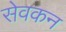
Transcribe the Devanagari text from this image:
सेवकन